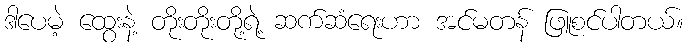
ဒါပေမဲ့ ထွေးနဲ့ တိုးတိုးတို့ရဲ့ ဆက်ဆံရေးဟာ အင်မတန် ဖြူစင်ပါတယ်။